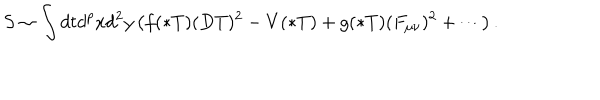
LaTeX: S \sim \int d t d ^ { p } x d ^ { 2 } y \left( f ( * T ) ( D T ) ^ { 2 } - V ( * T ) + g ( * T ) ( F _ { \mu \nu } ) ^ { 2 } + \cdots \right) .